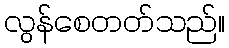
လွန်စေတတ်သည်။